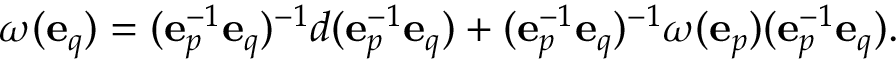
\omega ( \mathbf { e } _ { q } ) = ( \mathbf { e } _ { p } ^ { - 1 } \mathbf { e } _ { q } ) ^ { - 1 } d ( \mathbf { e } _ { p } ^ { - 1 } \mathbf { e } _ { q } ) + ( \mathbf { e } _ { p } ^ { - 1 } \mathbf { e } _ { q } ) ^ { - 1 } \omega ( \mathbf { e } _ { p } ) ( \mathbf { e } _ { p } ^ { - 1 } \mathbf { e } _ { q } ) .